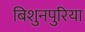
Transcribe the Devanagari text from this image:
बिशुनपुरिया